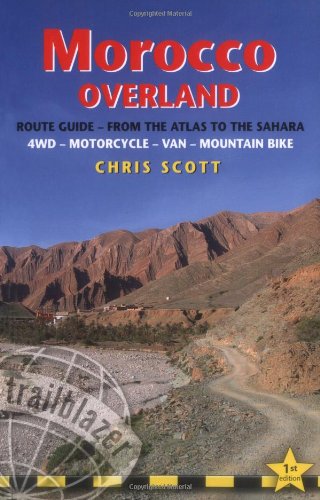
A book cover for Morocco Overland: 45 routes from the Atlas to the Sahara by 4wd, motorcycle or mountainbike (Trailblazer Guides); Chris Scott; Travel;